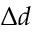
\Delta d